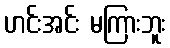
ဟင်းအင်း မကြားဘူး